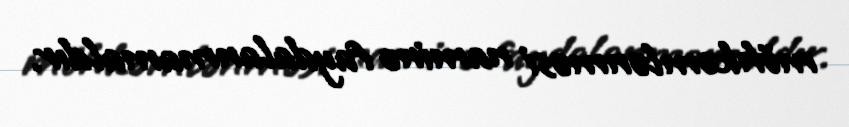
möhkəmlənməsi naminə faydalanmamaldır.